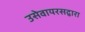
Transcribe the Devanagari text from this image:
उसेवायरसद्वारा